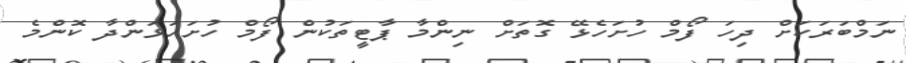
ނަމްބަރަކަށް ދިހަ ފޯމް ހުށަހެޅޭ ގޮތަށް ނިންމާ ޕާޓީތަކުން ފޯމް ހުށަހަޅަންދާ ކޮންމެ